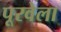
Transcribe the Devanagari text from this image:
पूरवेला